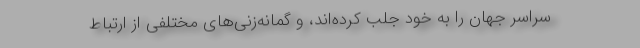
سراسر جهان را به خود جلب کرده‌اند، و گمانه‌زنی‌های مختلفی از ارتباط